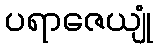
ပရာဇေယျုံ